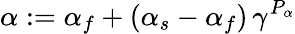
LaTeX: \alpha:=\alpha_{f}+(\alpha_{s}-\alpha_{f})\, \gamma^{P_{\alpha}}